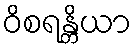
ဝိစရန္တိယာ